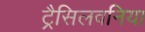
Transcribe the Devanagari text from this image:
ट्रैसिलवनिया